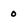
Character: 0